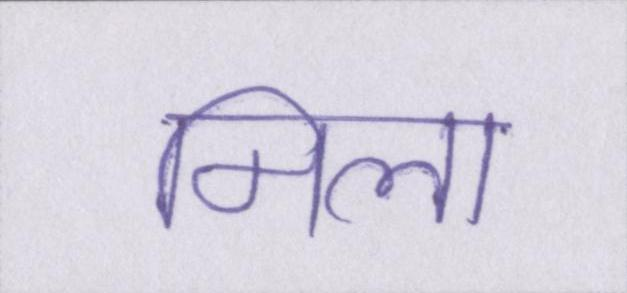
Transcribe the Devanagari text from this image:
मिला